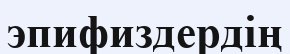
эпифиздердің